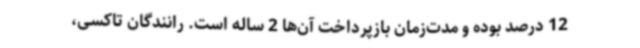
12 درصد بوده و مدت‌زمان بازپرداخت آن‌ها 2 ساله است. رانندگان تاکسی،